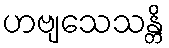
ဟဗျသေသန္တိ